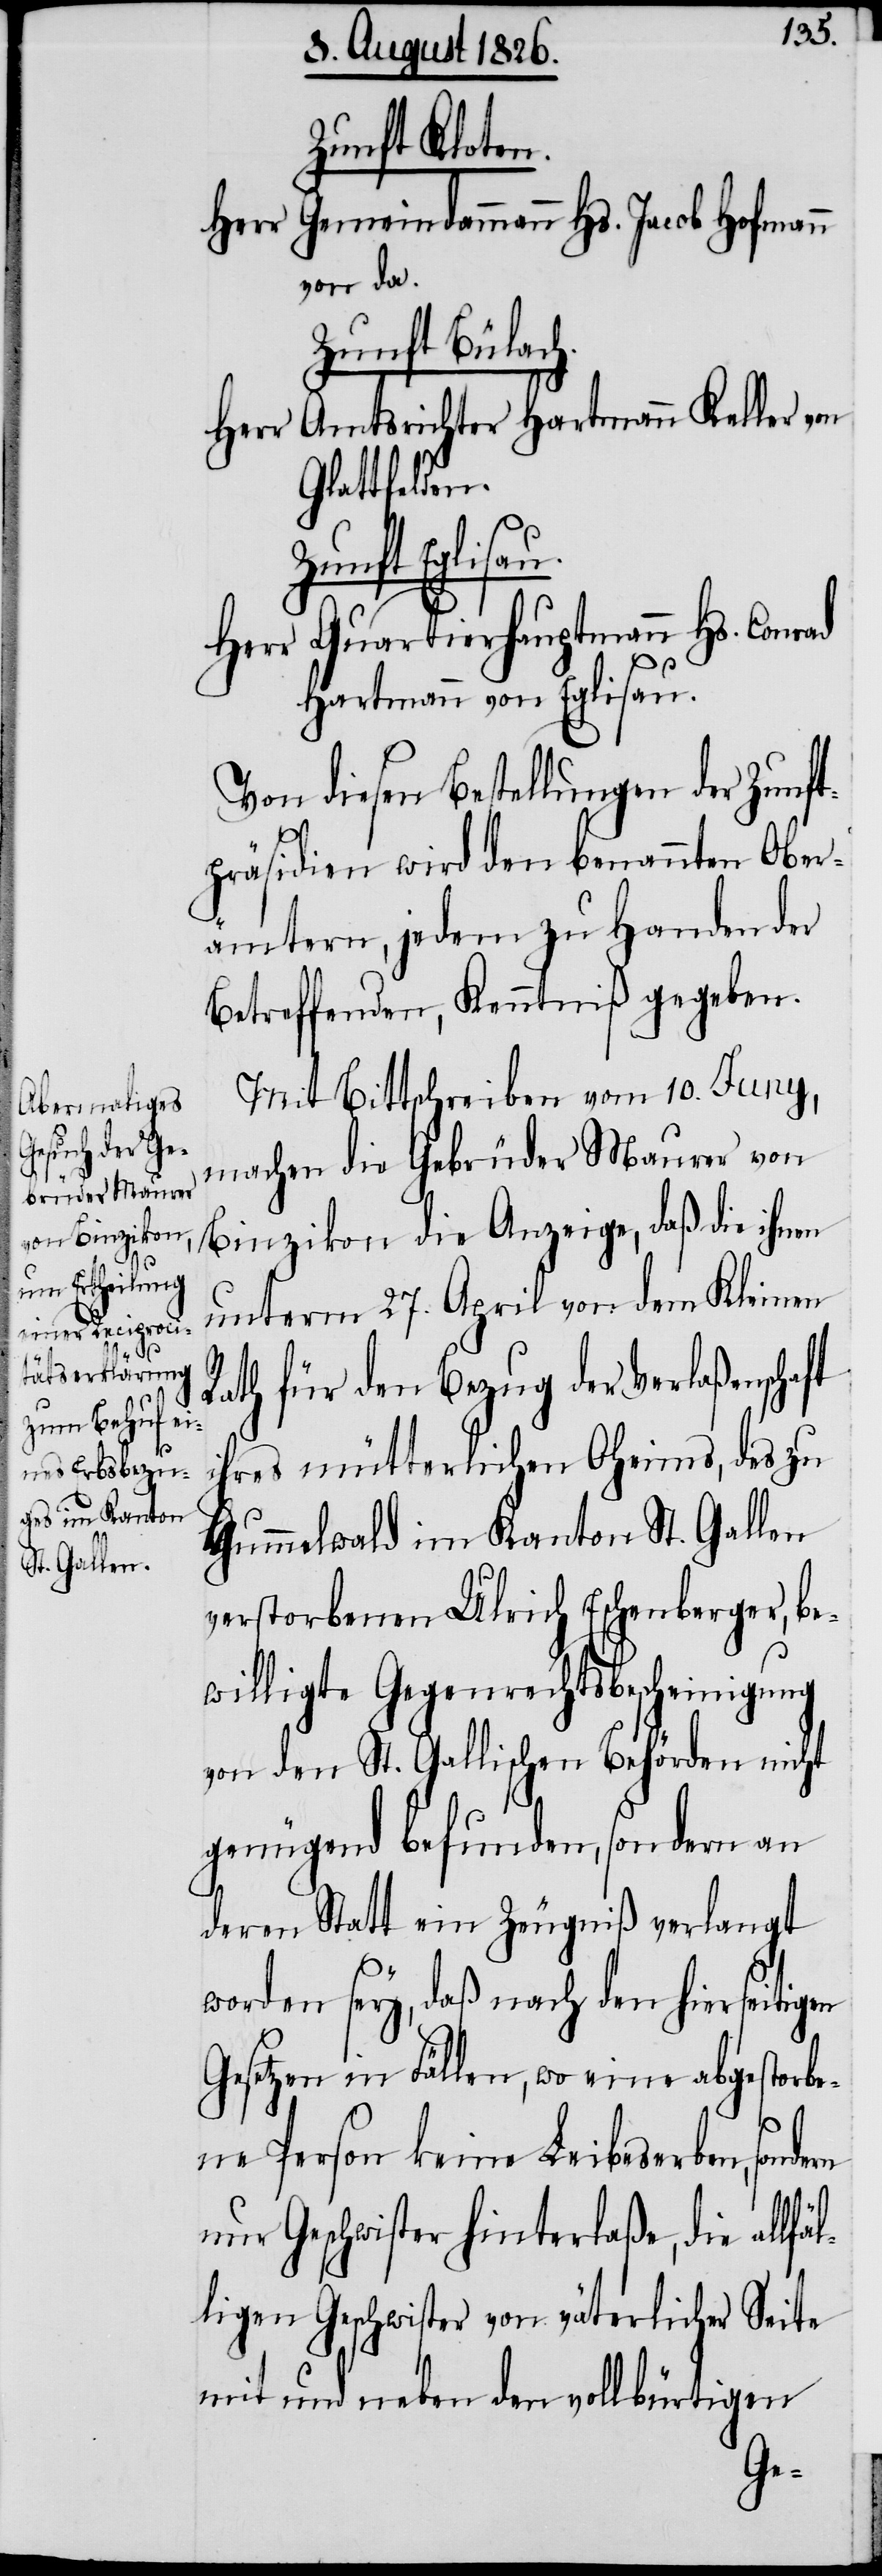
ad

Zunft Kloten.
Gemeindammann Hs. Jacob Hofmann
Herr
von da.
Zunft Bülach.
Herr Amtsrichter Hartmann Keller von
Glattfelden.
Zunft Eglisau.
Herr Quartierhauptmann Hs. Conr¬
Hartmann von Eglisau.
Von diesen Bestellungen der Zunft¬
präsidien wird den benannten Ober¬
ämtern, jedem zu Handen der
Betreffenden, Kenntniß gegeben.
Mit Bittschreiben vom 10. Juny,
machen die Gebrüder Maurer von
Binzikon die Anzeige, daß die ihnen
unterm 27. April von dem Kleinen
Rath für den Bezug der Verlaßenschaft
ihres mütterlichen Oheims, des zu
Hummelwald im Kanton St. Gallen
verstorbenen Ulrich Eschenberger, be¬
willigte Gegenrechtsbescheinigung
von den St. Gallischen Behörden nicht
genügend befunden, sondern an
deren Statt ein Zeugniß verlangt
worden sey, daß nach den hierseitig¬
Gesetzen in Fällen, wo eine abgestorbe¬
ne Person keine Leibserben, sondern
nur Geschwister hinterlaße, die allfä¬
ligen Geschwister von väterlicher Seite
mit und neben den vollbürtigen
l¬